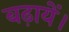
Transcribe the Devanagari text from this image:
बढ़ायें।